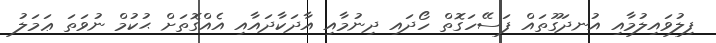
ފިލުވައިލުމާއި އުނދަގޫތައް ފަސޭހަގޮތް ހޯދައި ދިނުމާއި އާދަކާދައާއި އެއްގޮތަށް ޙުކުމް ނުވަތަ ޢަމަލު